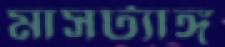
মাসট্যাঙ্গ